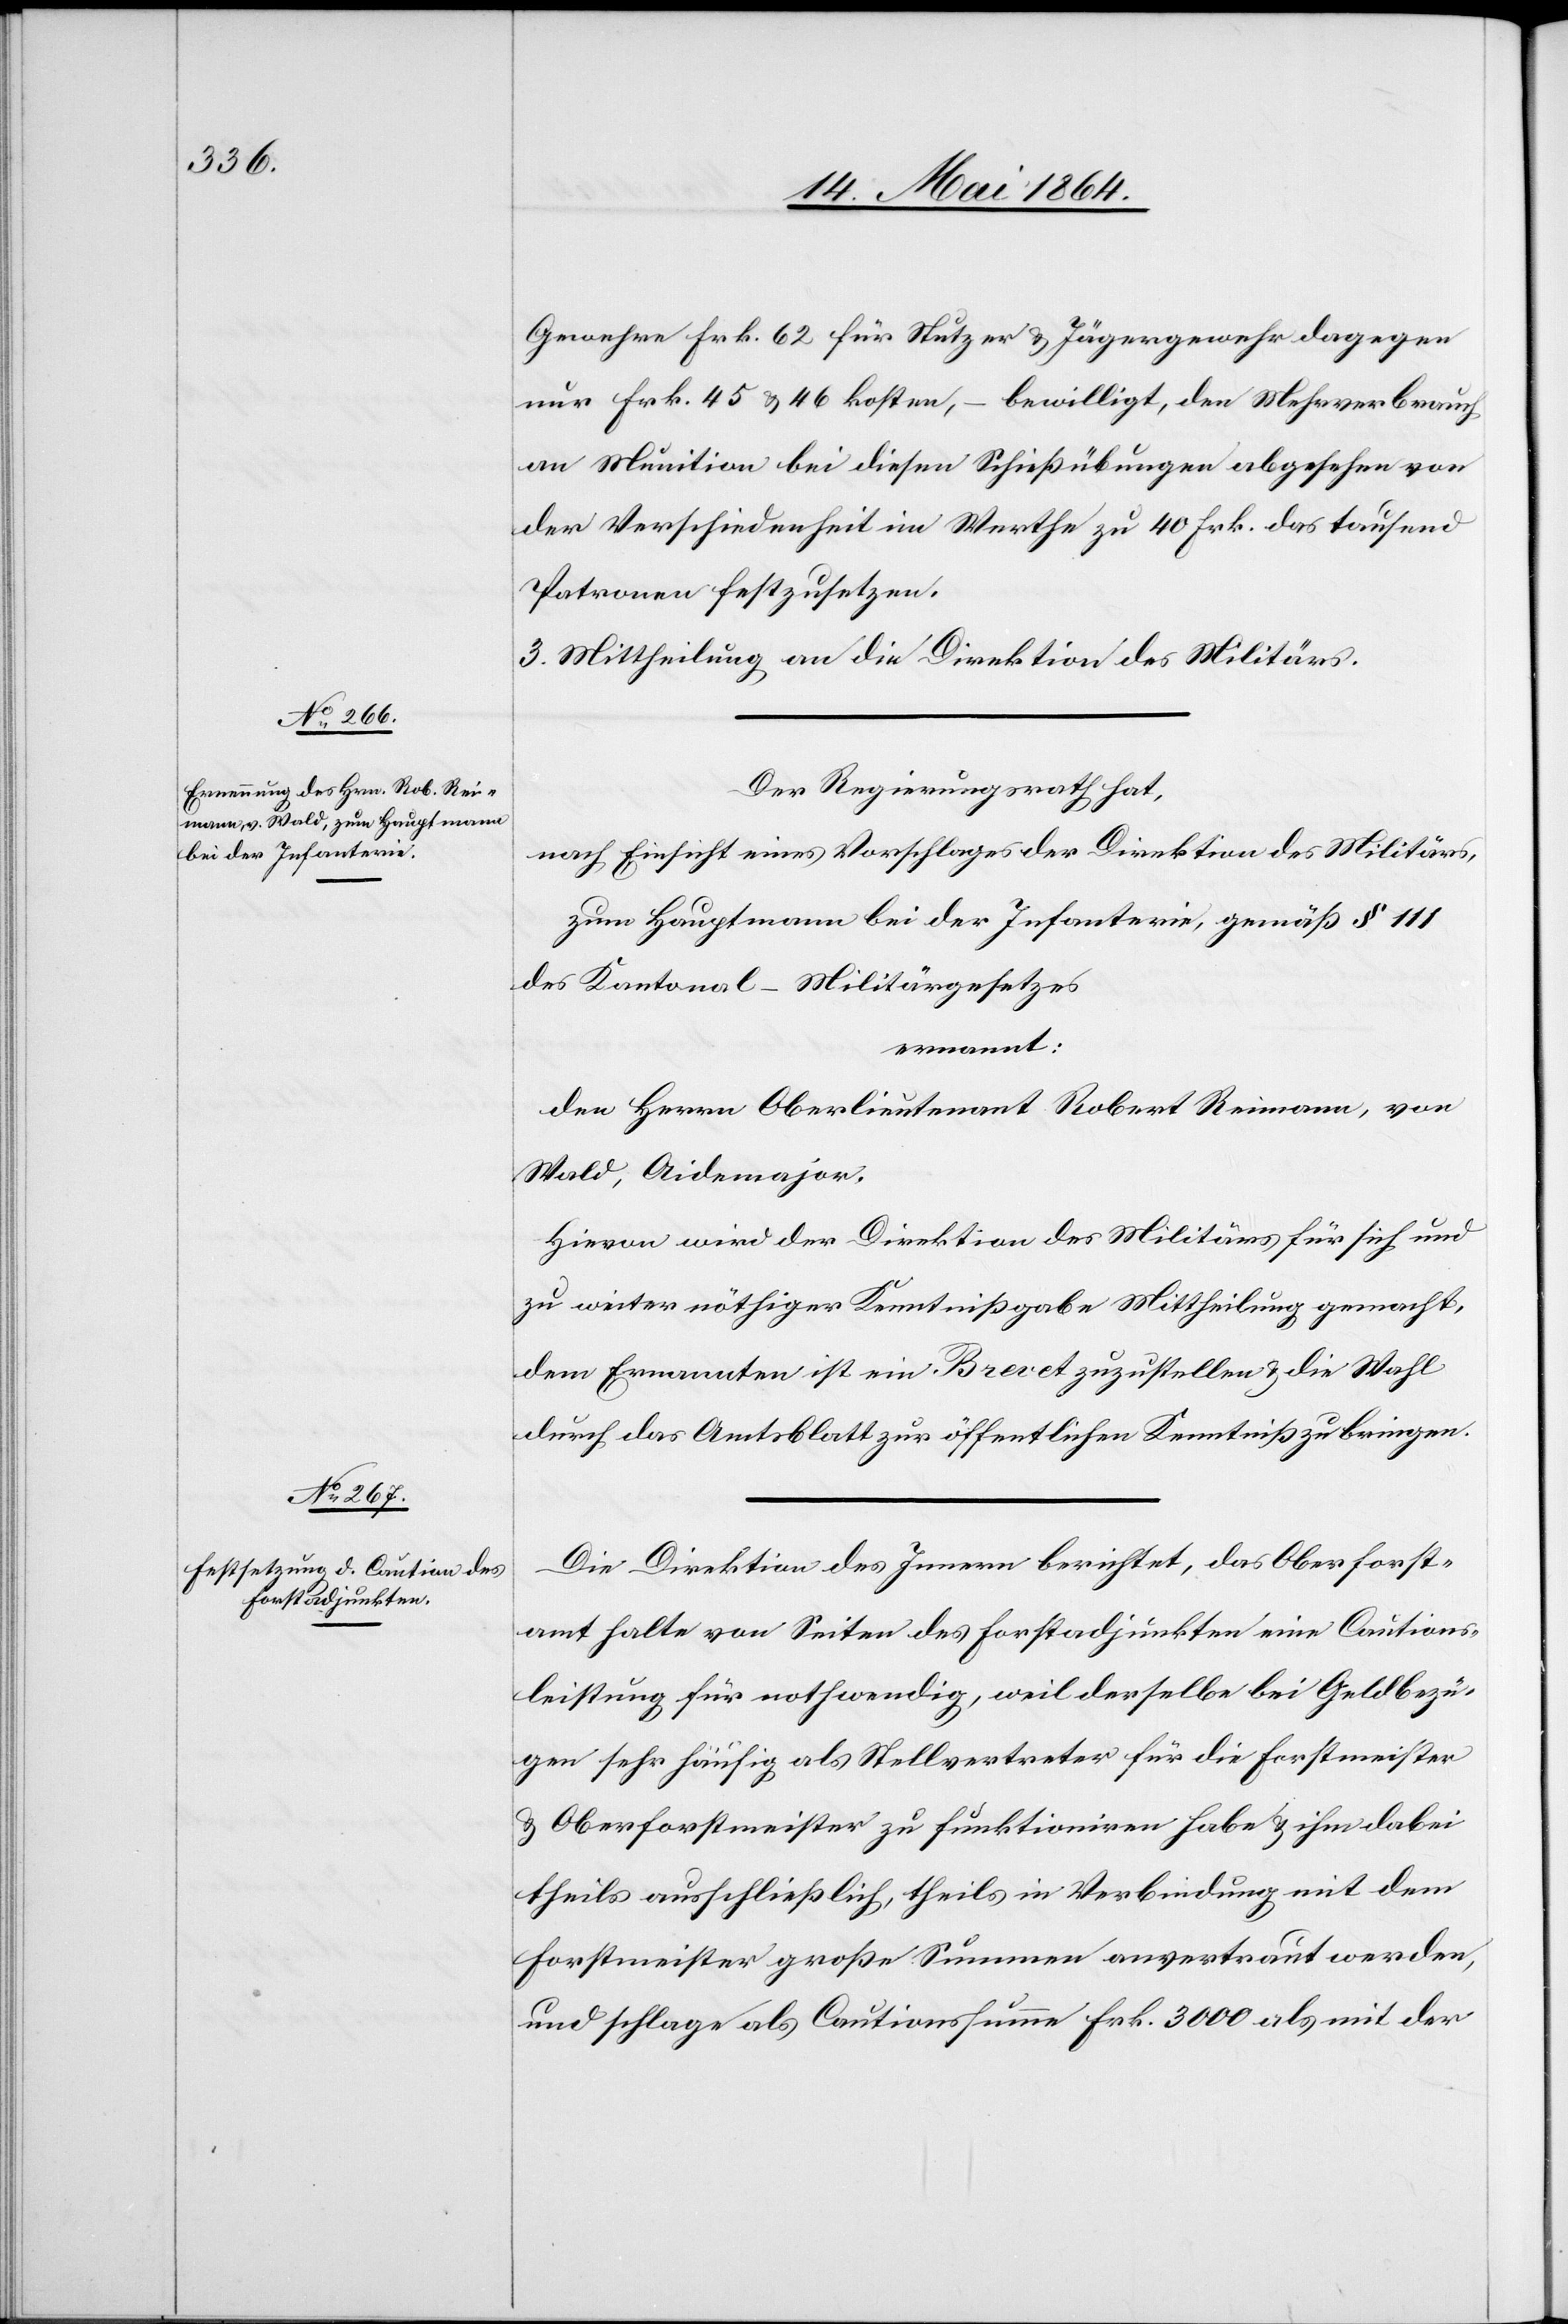
Gewehre Frk. 62 für Nutzer u. Jägergewehr dagegen
nur Frk. 45 u. 46 kosten, – bewilligt, den Mehrverbrauch
an Munition bei diesen Schießübungen abgesehen von
der Verschiedenheit im Werthe zu 40 Frk. das tausend
Patronen festzusetzen.
3. Mittheilung an die Direktion des Militärs.
Der Regierungsrath hat,
nach Einsicht eines Vorschlages der Direktion des Militärs,
zum Hauptmann bei der Infanterie, gemäß § 111
des Kantonal-Militärgesetzes
ernannt:
den Herrn Oberlieutenant Robert Reimann, von
Wald, Aidemajor.
Hievon wird der Direktion des Militärs für sich und
zu weiter nöthiger Kenntnißgabe Mittheilung gemacht,
dem Ernannten ist ein Brevet zuzustellen u. die Wahl
durch das Amtsblatt zur öffentlichen Kenntniß zu bringen.
Die Direktion des Innern berichtet, das Oberforst¬
amt halte von Seiten des Forstadjunkten eine Cautions¬
leistung für nothwendig, weil derselbe bei Geldbezü¬
gen sehr häufig als Stellvertreter für die Forstmeister
u. Oberforstmeister zu funktioniren habe u. ihm dabei
theils ausschließlich, theils in Verbindung mit dem
Forstmeister große Summen anvertraut werden,
und schlage als Cautionssumme Frk. 3000 als mit der